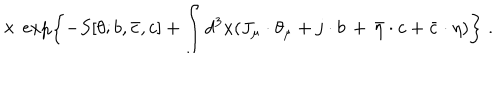
\times \, \exp \left\{ - S [ \theta ; b , { \bar { c } } , c ] + \int d ^ { 3 } x ( J _ { \mu } \cdot \theta _ { \mu } + j \cdot b \, + \, { \bar { \eta } } \cdot c + { \bar { c } } \cdot \eta ) \right\} \; .